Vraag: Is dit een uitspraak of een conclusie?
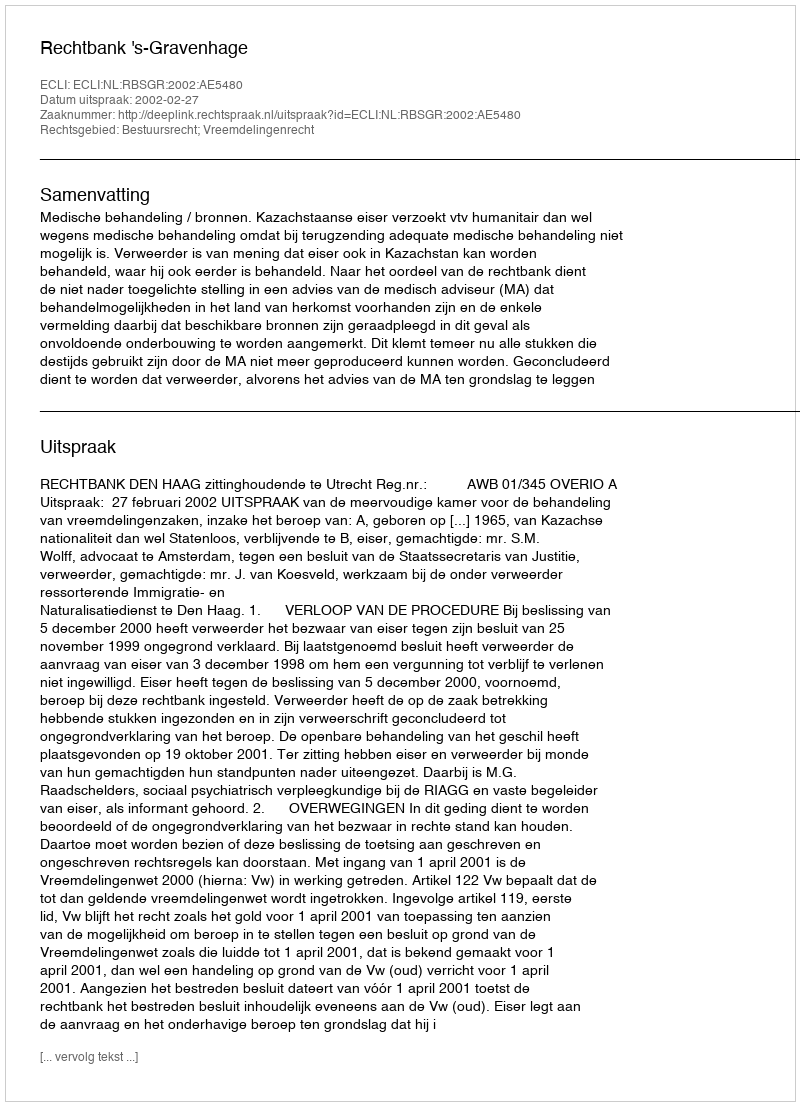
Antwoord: Uitspraak